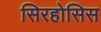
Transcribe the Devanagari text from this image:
सिरहोसिस